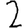
Digit: 2